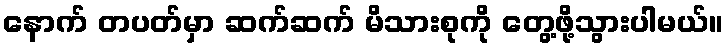
နောက် တပတ်မှာ ဆက်ဆက် မိသားစုကို တွေ့ဖို့သွားပါမယ်။